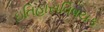
ઇતિહાસવિષયક